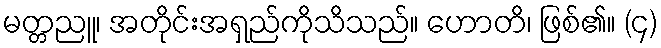
မတ္တညူ၊ အတိုင်းအရှည်ကိုသိသည်။ ဟောတိ၊ ဖြစ်၏။ (၄)